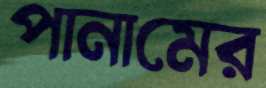
পানামের